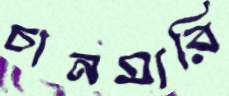
চানমারি